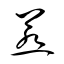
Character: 惹